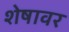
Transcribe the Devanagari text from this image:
शेषावर